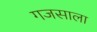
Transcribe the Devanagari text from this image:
गजसाला